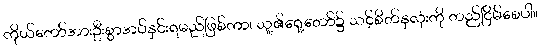
ကိုယ်တော်အားဦးစွာအပ်နှင်းရမည်ဖြစ်ကာ၊ သူ့၏ရှေ့တော်၌ သင့်စိတ်နှလုံးကို တည်ငြိမ်စေပါ။